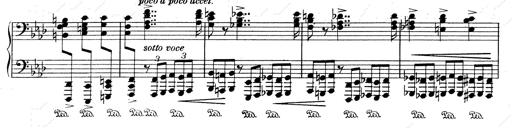
Title: Weinen, Klagen, Sorgen, Zagen
Composer: Franz Liszt